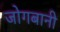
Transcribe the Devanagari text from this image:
जोगबानी